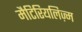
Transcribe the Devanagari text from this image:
मैटिरियलिज़्म